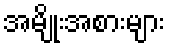
အမျိုးအစားများ